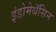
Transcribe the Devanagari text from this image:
इंडोमेथॅसिन